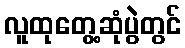
လူထုတွေ့ဆုံပွဲတွင်